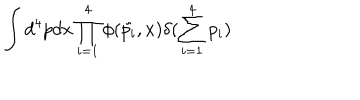
LaTeX: \int d ^ { 4 } p d x \prod _ { i = 1 } ^ { 4 } \phi ( \tilde { p _ { i } } , x ) \delta ( \sum _ { i = 1 } ^ { 4 } p _ { i } )